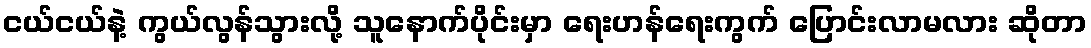
ငယ်ငယ်နဲ့ ကွယ်လွန်သွားလို့ သူနောက်ပိုင်းမှာ ရေးဟန်ရေးကွက် ပြောင်းလာမလား ဆိုတာ